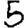
Digit: 5